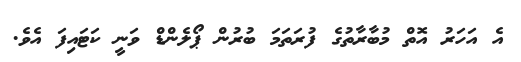
އެ އަހަރު އޮތް މުބާރާތުގެ ފުރަތަމަ ބުރުން ޕޯލެންޑް ވަނީ ކަޓައިފަ އެވެ.